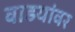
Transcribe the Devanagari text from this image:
वाडयांवर